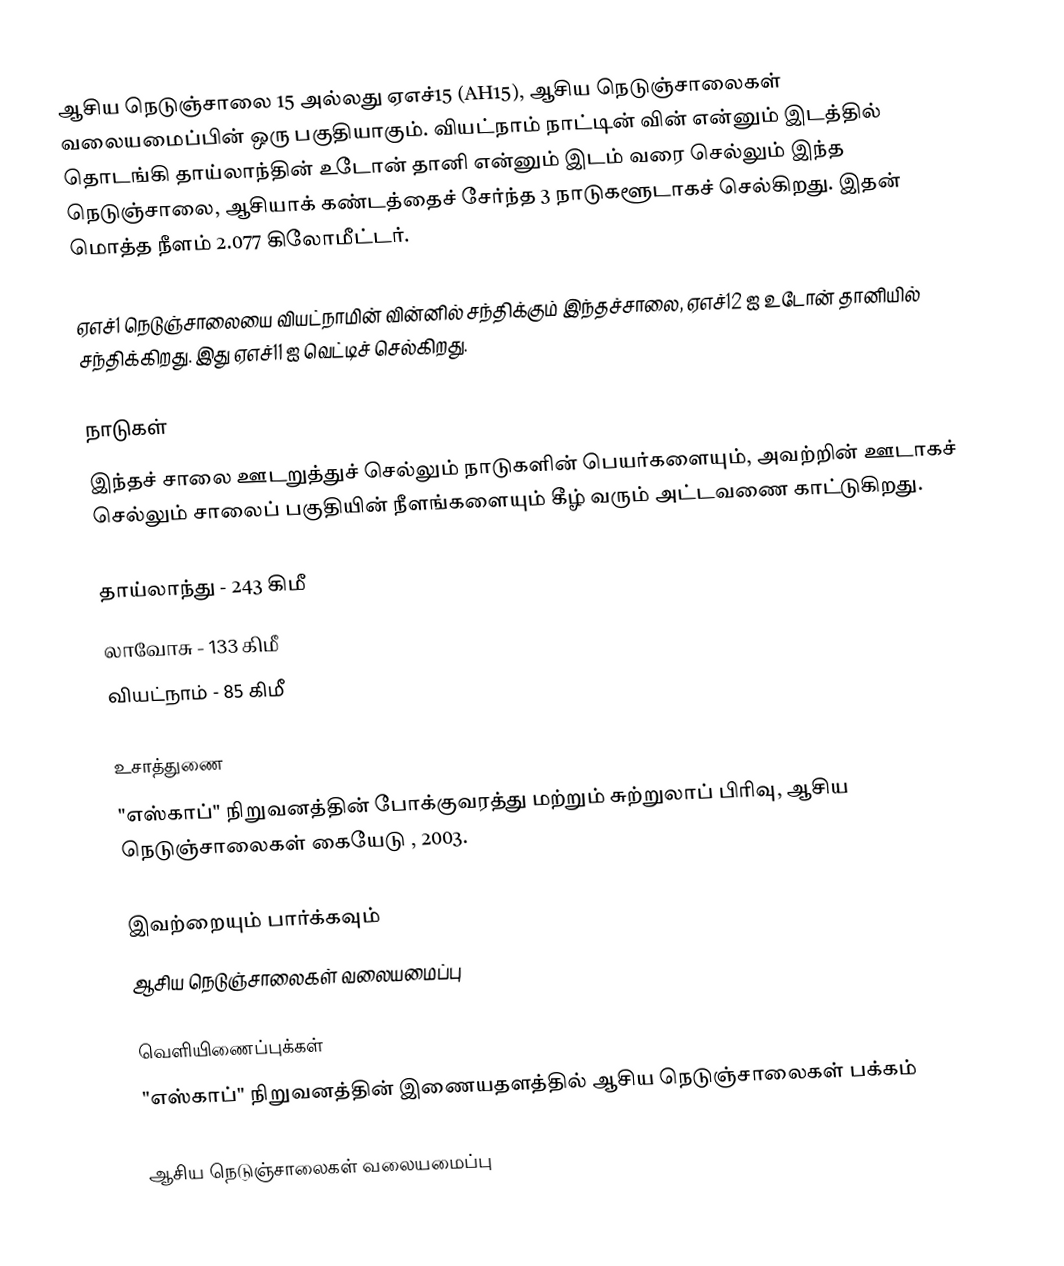
ஆசிய நெடுஞ்சாலை 15 அல்லது ஏஎச்15 (AH15), ஆசிய நெடுஞ்சாலைகள் வலையமைப்பின் ஒரு பகுதியாகும். வியட்நாம் நாட்டின் வின் என்னும் இடத்தில் தொடங்கி தாய்லாந்தின் உடோன் தானி என்னும் இடம் வரை செல்லும் இந்த நெடுஞ்சாலை, ஆசியாக் கண்டத்தைச் சேர்ந்த 3 நாடுகளூடாகச் செல்கிறது. இதன் மொத்த நீளம் 2.077 கிலோமீட்டர்.

ஏஎச்1 நெடுஞ்சாலையை வியட்நாமின் வின்னில் சந்திக்கும் இந்தச்சாலை, ஏஎச்12 ஐ உடோன் தானியில் சந்திக்கிறது. இது ஏஎச்11 ஐ வெட்டிச் செல்கிறது.

நாடுகள்
இந்தச் சாலை ஊடறுத்துச் செல்லும் நாடுகளின் பெயர்களையும், அவற்றின் ஊடாகச் செல்லும் சாலைப் பகுதியின் நீளங்களையும் கீழ் வரும் அட்டவணை காட்டுகிறது.

 தாய்லாந்து - 243 கிமீ
 லாவோசு - 133 கிமீ
 வியட்நாம் - 85 கிமீ

உசாத்துணை
 "எஸ்காப்" நிறுவனத்தின் போக்குவரத்து மற்றும் சுற்றுலாப் பிரிவு, ஆசிய நெடுஞ்சாலைகள் கையேடு , 2003.

இவற்றையும் பார்க்கவும்
 ஆசிய நெடுஞ்சாலைகள் வலையமைப்பு

வெளியிணைப்புக்கள்
 "எஸ்காப்" நிறுவனத்தின் இணையதளத்தில் ஆசிய நெடுஞ்சாலைகள் பக்கம்

 ஆசிய நெடுஞ்சாலைகள் வலையமைப்பு